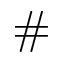
\#